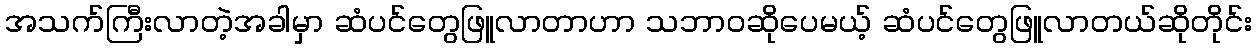
အသက်ကြီးလာတဲ့အခါမှာ ဆံပင်တွေဖြူလာတာဟာ သဘာဝဆိုပေမယ့် ဆံပင်တွေဖြူလာတယ်ဆိုတိုင်း